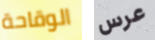
الوقاحة عرس